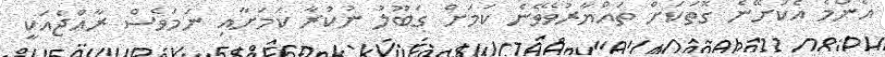
އެންމެ އެކަށޭނެ ގޮތަކަށް ތައްޔާރުވެވޭނެ ކަމަށް ގަބޫލު ނުކުރާ ކަމަށާއި ނަމަވެސް ރާއްޖެއަކީ